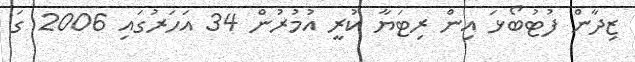
ޒިދާން ފުޓުބޯޅަ އިން ރިޓަޔާ ކުރީ އުމުރުން 34 އަހަރުގައި 2006 ގަ